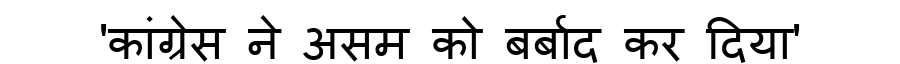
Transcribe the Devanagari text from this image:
'कांग्रेस ने असम को बर्बाद कर दिया'